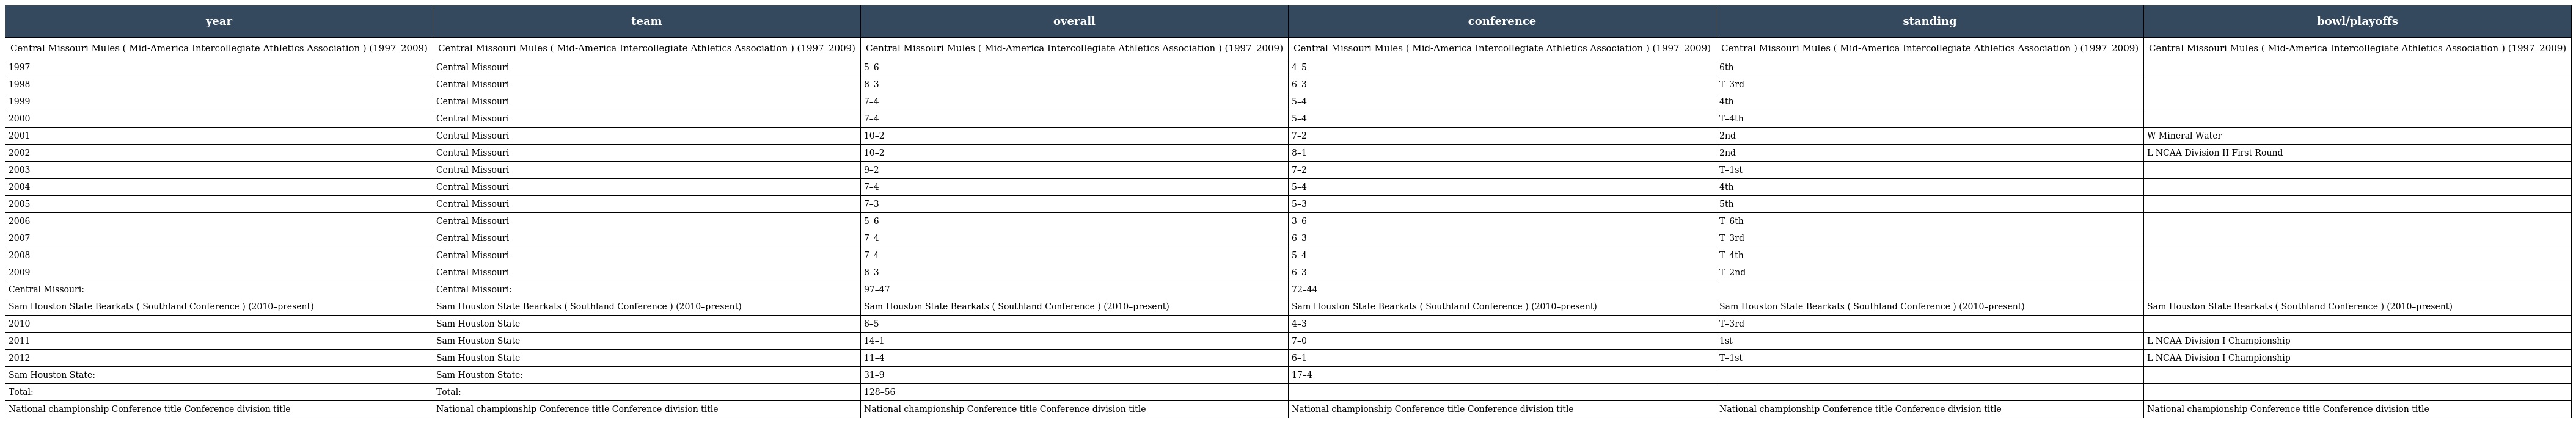
| year | team | overall | conference | standing | bowl/playoffs |
 | --- | --- | --- | --- | --- | --- |
 | Central Missouri Mules ( Mid-America Intercollegiate Athletics Association ) (1997–2009) | Central Missouri Mules ( Mid-America Intercollegiate Athletics Association ) (1997–2009) | Central Missouri Mules ( Mid-America Intercollegiate Athletics Association ) (1997–2009) | Central Missouri Mules ( Mid-America Intercollegiate Athletics Association ) (1997–2009) | Central Missouri Mules ( Mid-America Intercollegiate Athletics Association ) (1997–2009) | Central Missouri Mules ( Mid-America Intercollegiate Athletics Association ) (1997–2009) |
 | 1997 | Central Missouri | 5–6 | 4–5 | 6th |  |
 | 1998 | Central Missouri | 8–3 | 6–3 | T–3rd |  |
 | 1999 | Central Missouri | 7–4 | 5–4 | 4th |  |
 | 2000 | Central Missouri | 7–4 | 5–4 | T–4th |  |
 | 2001 | Central Missouri | 10–2 | 7–2 | 2nd | W Mineral Water |
 | 2002 | Central Missouri | 10–2 | 8–1 | 2nd | L NCAA Division II First Round |
 | 2003 | Central Missouri | 9–2 | 7–2 | T–1st |  |
 | 2004 | Central Missouri | 7–4 | 5–4 | 4th |  |
 | 2005 | Central Missouri | 7–3 | 5–3 | 5th |  |
 | 2006 | Central Missouri | 5–6 | 3–6 | T–6th |  |
 | 2007 | Central Missouri | 7–4 | 6–3 | T–3rd |  |
 | 2008 | Central Missouri | 7–4 | 5–4 | T–4th |  |
 | 2009 | Central Missouri | 8–3 | 6–3 | T–2nd |  |
 | Central Missouri: | Central Missouri: | 97–47 | 72–44 |  |  |
 | Sam Houston State Bearkats ( Southland Conference ) (2010–present) | Sam Houston State Bearkats ( Southland Conference ) (2010–present) | Sam Houston State Bearkats ( Southland Conference ) (2010–present) | Sam Houston State Bearkats ( Southland Conference ) (2010–present) | Sam Houston State Bearkats ( Southland Conference ) (2010–present) | Sam Houston State Bearkats ( Southland Conference ) (2010–present) |
 | 2010 | Sam Houston State | 6–5 | 4–3 | T–3rd |  |
 | 2011 | Sam Houston State | 14–1 | 7–0 | 1st | L NCAA Division I Championship |
 | 2012 | Sam Houston State | 11–4 | 6–1 | T–1st | L NCAA Division I Championship |
 | Sam Houston State: | Sam Houston State: | 31–9 | 17–4 |  |  |
 | Total: | Total: | 128–56 |  |  |  |
 | National championship Conference title Conference division title | National championship Conference title Conference division title | National championship Conference title Conference division title | National championship Conference title Conference division title | National championship Conference title Conference division title | National championship Conference title Conference division title |